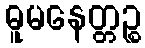
ဓူမနေတ္တဉ္စ